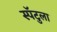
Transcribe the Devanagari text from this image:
स्पॅटुला